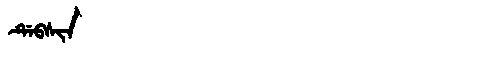
Manchu: ᡩᡝᠪᠰᡳᠨ
Romanization: DEBSIN